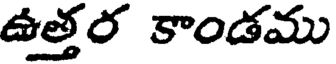
ఉత్తర కాండము